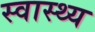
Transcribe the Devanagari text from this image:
स्‍वास्‍थ्य